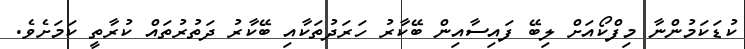
ކުޑަކަމުންނާ މިފްކޯއަށް ލިބޭ ފައިސާއިން ބޭކާރު ހަރަދުތަކާއި ބޭކާރު ދަތުރުތައް ކުރާތީ ކަމަށެވެ.